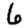
Digit: 6